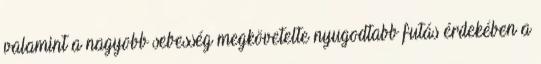
valamint a nagyobb sebesség megkövetelte nyugodtabb futás érdekében a